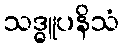
သဒ္ဓူပနိသံ